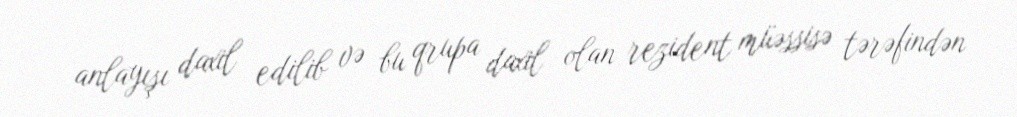
anlayışı daxil edilib və bu qrupa daxil olan rezident müəssisə tərəfindən